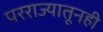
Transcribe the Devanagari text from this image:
परराज्यातूनही